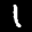
Label: 1